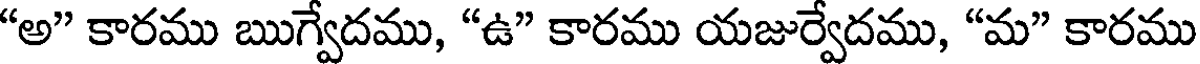
"అ" కారము ఋగ్వేదము, "ఉ" కారము యజుర్వేదము, "మ" కారము